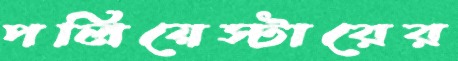
পলিয়েস্টারের